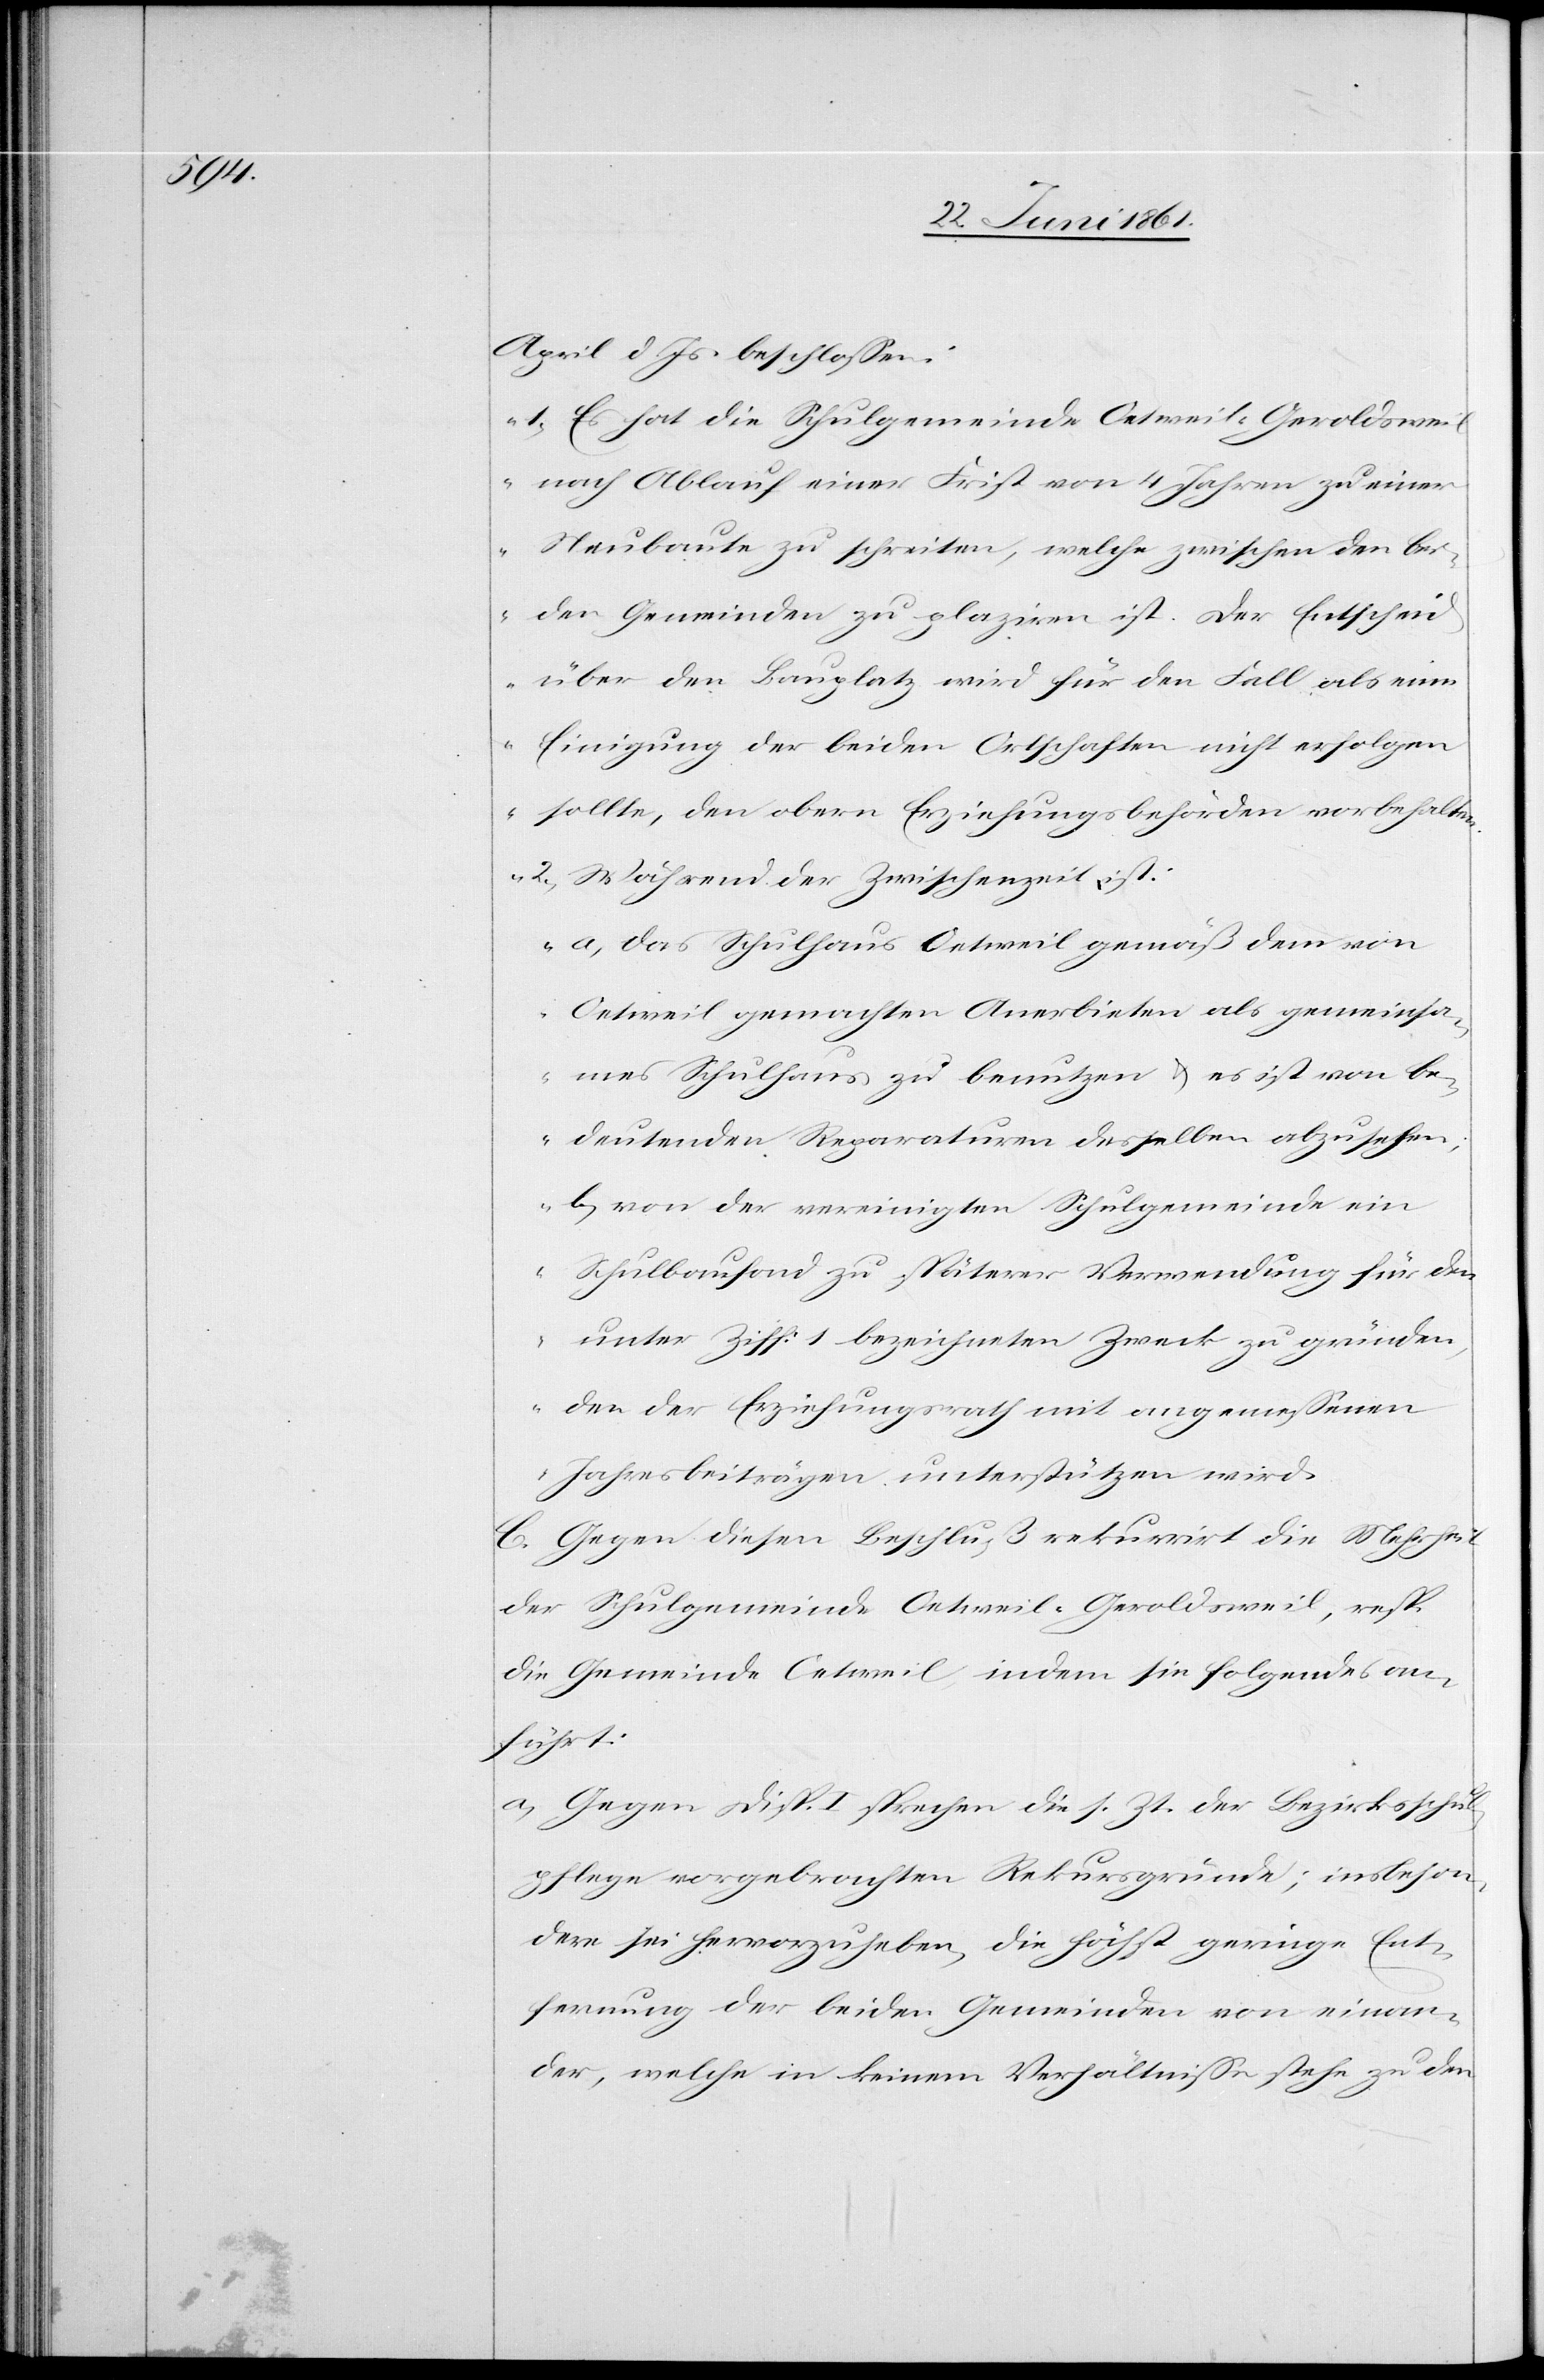
April d. Js. beschlossen:
„1. Es hat die Schulgemeinde Oetweil-Geroldswei¬
l nach Ablauf einer Frist von 4 Jahren zu einer
Neubaute zu schreiten, welche zwischen den bei¬
den Gemeinden zu plaziren ist. Der Entscheid
über den Bauplatz wird für den Fall als eine
Einigung der beiden Ortschaften nicht erfolgen
sollte, den obern Erziehungsbehörden vorbehalten.
2. Während der Zwischenzeit ist:
a) das Schulhaus Oetweil gemäß dem von
Oetweil gemachten Anerbieten als gemeinsa¬
mes Schulhaus zu benutzen u. es ist von be¬
deutenden Reparaturen desselben abzu sehen.
b) von der vereinigten Schulgemeinde ein
Schulbaufond zu späterer Verwendung für den
unter Ziff. 1 bezeichneten Zweck zu gründen,
den der Erziehungsrath mit angemessenen
Jahresbeiträgen unterstützen wird.[“]
C. Gegen diesen Beschluß rekurrirt die Mehrheit
der Schulgemeinde Oetweil-Geroldsweil, resp.
die Gemeinde Oetweil indem sie folgendes an¬
führt:
a) Gegen Disp. I sprechen die s. Zt. der Bezirksschul¬
pflege vorgebrachten Rekursgründe; insbeson¬
dere sei hervorzuheben, die höchst geringe Ent¬
fernung der beiden Gemeinden von einan¬
der, welche in keinem Verhältnisse stehe zu den